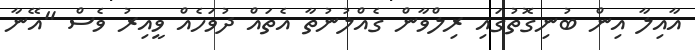
އާއިލާ އިން ބުނިގޮތުގައި ރިލްވާން ގެއްލުނުތާ އެތައް ދުވަހެއް ވީއިރު ވެސް "އޭނާ